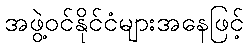
အဖွဲ့ဝင်နိုင်ငံများအနေဖြင့်